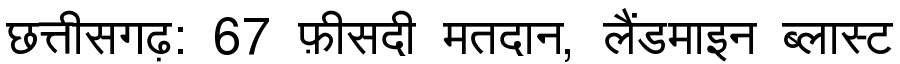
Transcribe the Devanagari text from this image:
छत्तीसगढ़: 67 फ़ीसदी मतदान, लैंडमाइन ब्लास्ट